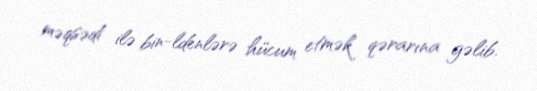
məqsədi ilə bin-ldenlərə hücum etmək qərarına gəlib.